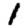
Digit: 1